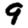
Digit: 9